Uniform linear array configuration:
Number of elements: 12
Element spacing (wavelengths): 0.25
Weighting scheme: kaiser
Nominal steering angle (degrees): -60
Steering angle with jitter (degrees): -60.039
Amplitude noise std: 0.05
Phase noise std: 0.05

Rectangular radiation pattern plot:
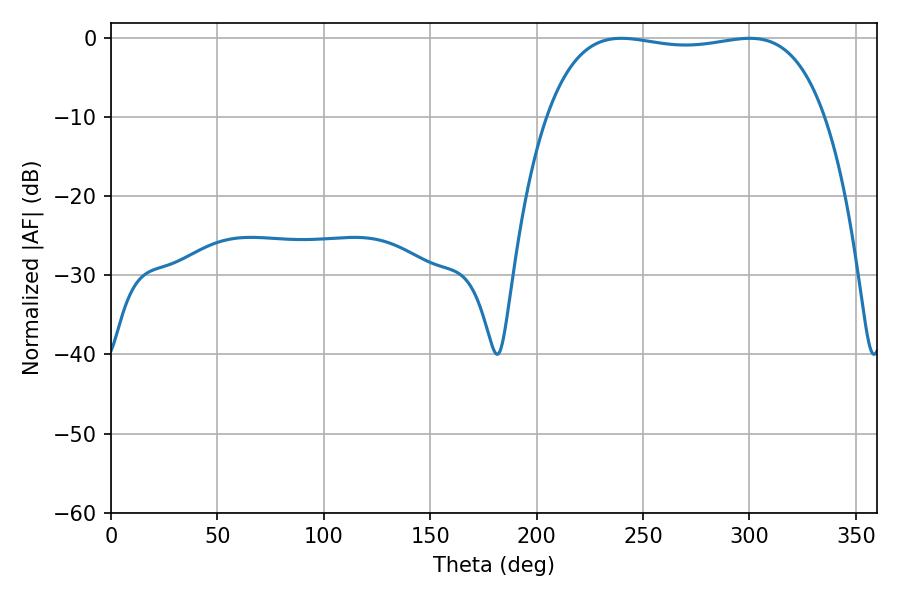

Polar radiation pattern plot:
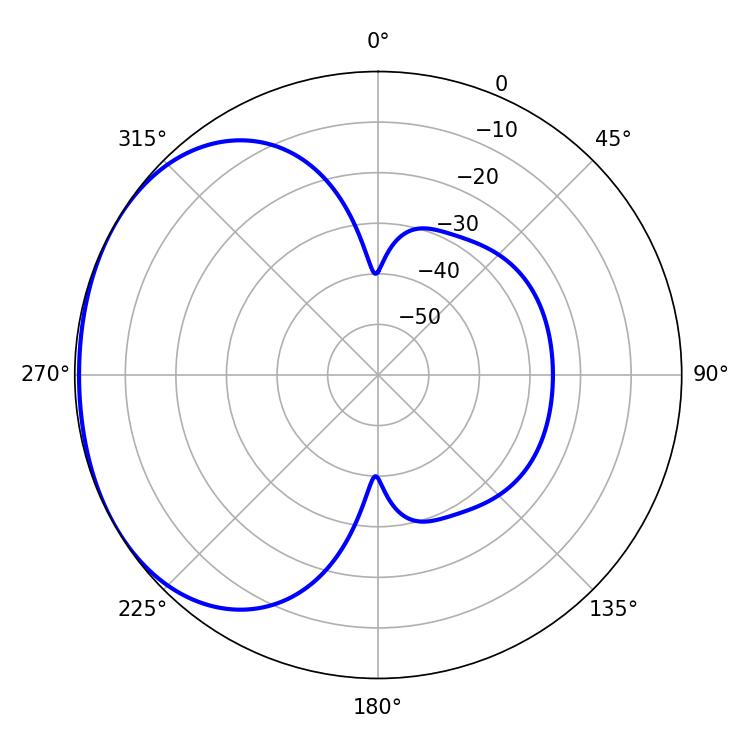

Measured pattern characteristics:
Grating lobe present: FALSE
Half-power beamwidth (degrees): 104.4
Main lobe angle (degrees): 239.76